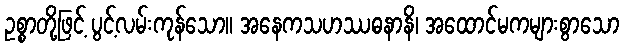
ဥစ္စာတို့ဖြင့် ပွင့်လမ်းကုန်သော။ အနေကသဟဿဓနာနိ၊ အထောင်မကများစွာသော